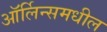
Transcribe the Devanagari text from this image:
ऑर्लिन्समधील